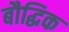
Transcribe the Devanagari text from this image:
बौद्घिक